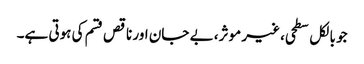
جو بالکل سطحی، غیر موثر، بے جان اور ناقص قسم کی ہوتی ہے۔